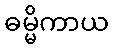
ဓမ္မိကာယ